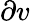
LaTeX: \partial v